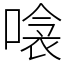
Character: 𠹸